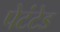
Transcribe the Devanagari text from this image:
पेटंटेड